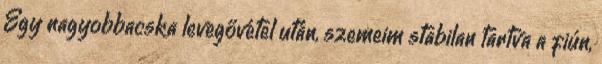
Egy nagyobbacska levegővétel után, szemeim stabilan tartva a fiún,